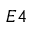
E 4